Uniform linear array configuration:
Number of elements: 32
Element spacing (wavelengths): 0.25
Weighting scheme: blackman
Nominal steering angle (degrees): -60
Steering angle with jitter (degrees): -58.472
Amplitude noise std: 0.05
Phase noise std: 0.05

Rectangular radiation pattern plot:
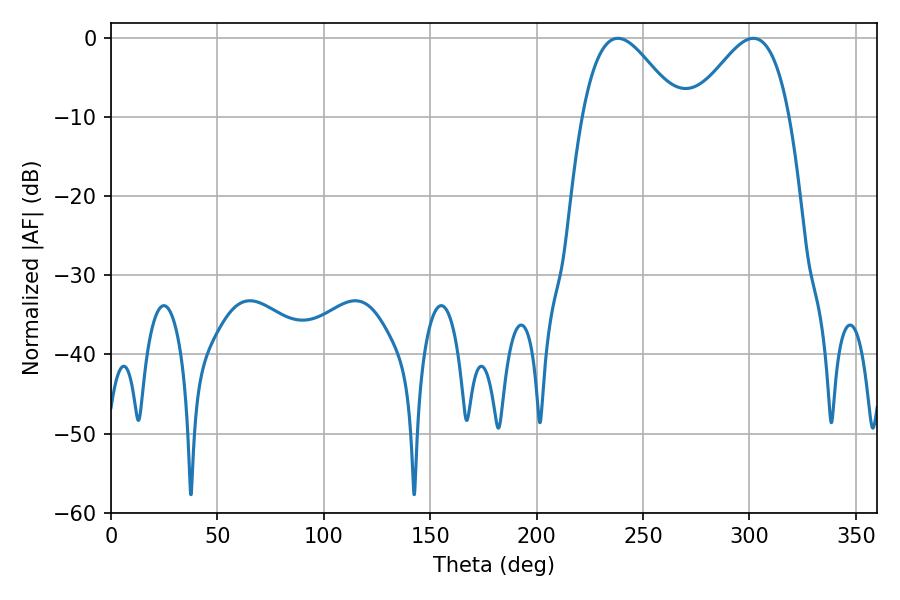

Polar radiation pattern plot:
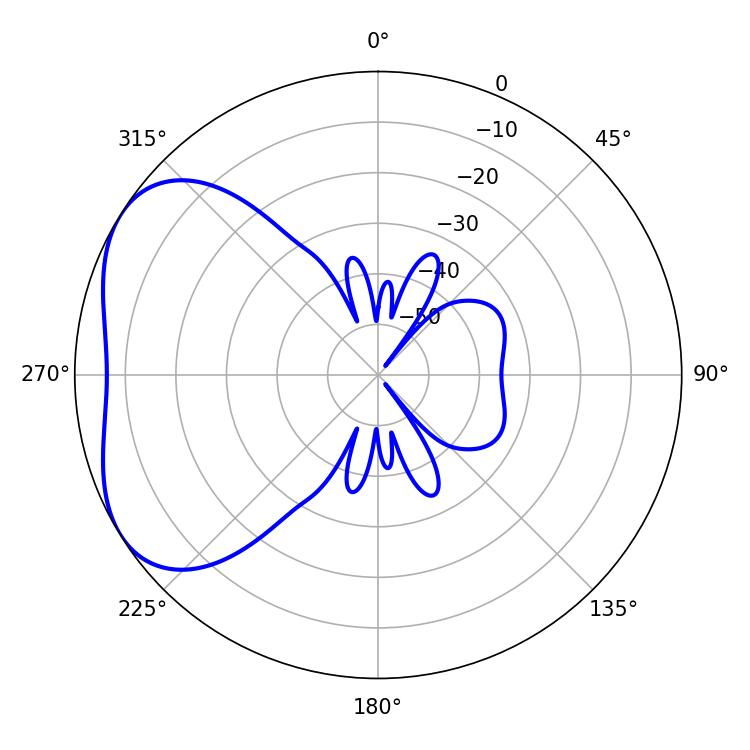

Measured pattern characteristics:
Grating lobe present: FALSE
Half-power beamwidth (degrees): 24.3
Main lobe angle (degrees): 238.14